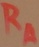
Text: RA